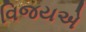
વિજયએ